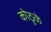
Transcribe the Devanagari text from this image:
कोठुळे